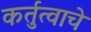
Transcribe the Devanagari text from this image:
कर्तुत्वाचे